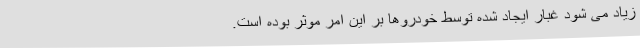
زیاد می شود غبار ایجاد شده توسط خودروها بر این امر موثر بوده است.